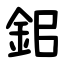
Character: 鈻